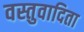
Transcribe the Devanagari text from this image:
वस्तुवादिता